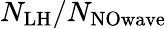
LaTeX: N_{\mathrm{LH}}/N_{\mathrm{NOwave}}